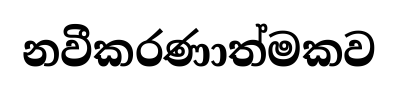
නවීකරණාත්මකව